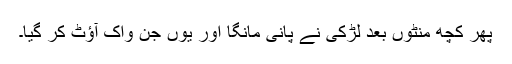
پھر کچھ منٹوں بعد لڑکی نے پانی مانگا اور یوں جن واک آؤٹ کر گیا۔